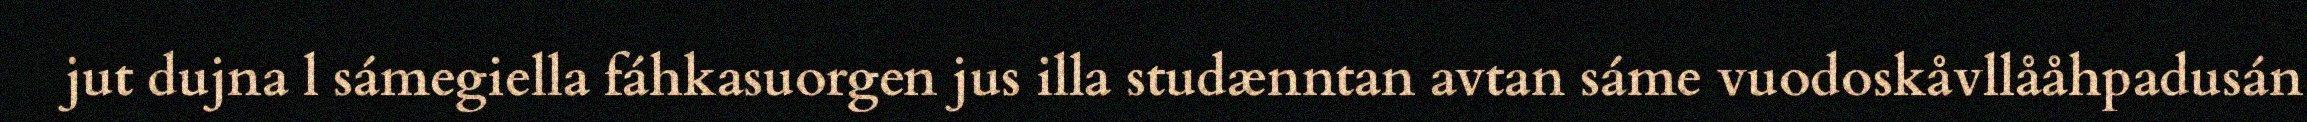
jut dujna l sámegiella fáhkasuorgen jus illa studænntan avtan sáme vuodoskåvllååhpadusán